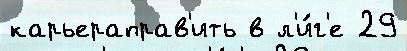
карьераправ'ить в л'и́г'е 29